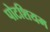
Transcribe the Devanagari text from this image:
पोटशियम